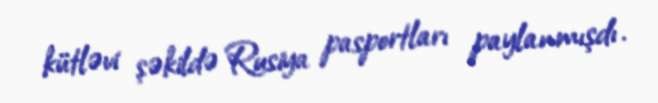
kütləvi şəkildə Rusiya pasportları paylanmışdı.